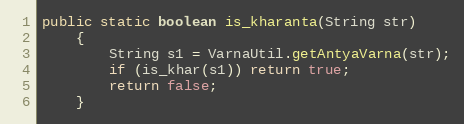
Language: Java
public static boolean is_kharanta(String str)
    {
        String s1 = VarnaUtil.getAntyaVarna(str);
        if (is_khar(s1)) return true;
        return false;
    }